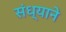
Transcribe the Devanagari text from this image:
संध्याने